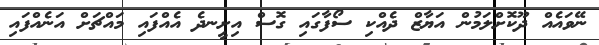
ނޭވައެއް ދޫކޮށްލަމުން އަޔާޒް ދެއްކި ސޯފާގައި ގޮސް އިށީނދެ އެއްފައި މައްޗަށް އަނެއްފައި